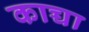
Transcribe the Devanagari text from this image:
काच्चा